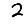
Digit: 2